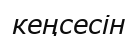
кеңсесін